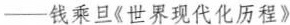
-钱乘旦《世界现代化历程》